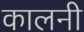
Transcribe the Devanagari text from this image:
कालनी